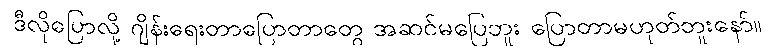
ဒီလိုပြောလို့ ဂျိန်းရေးတာပြောတာတွေ အဆင်မပြေဘူး ပြောတာမဟုတ်ဘူးနော်။